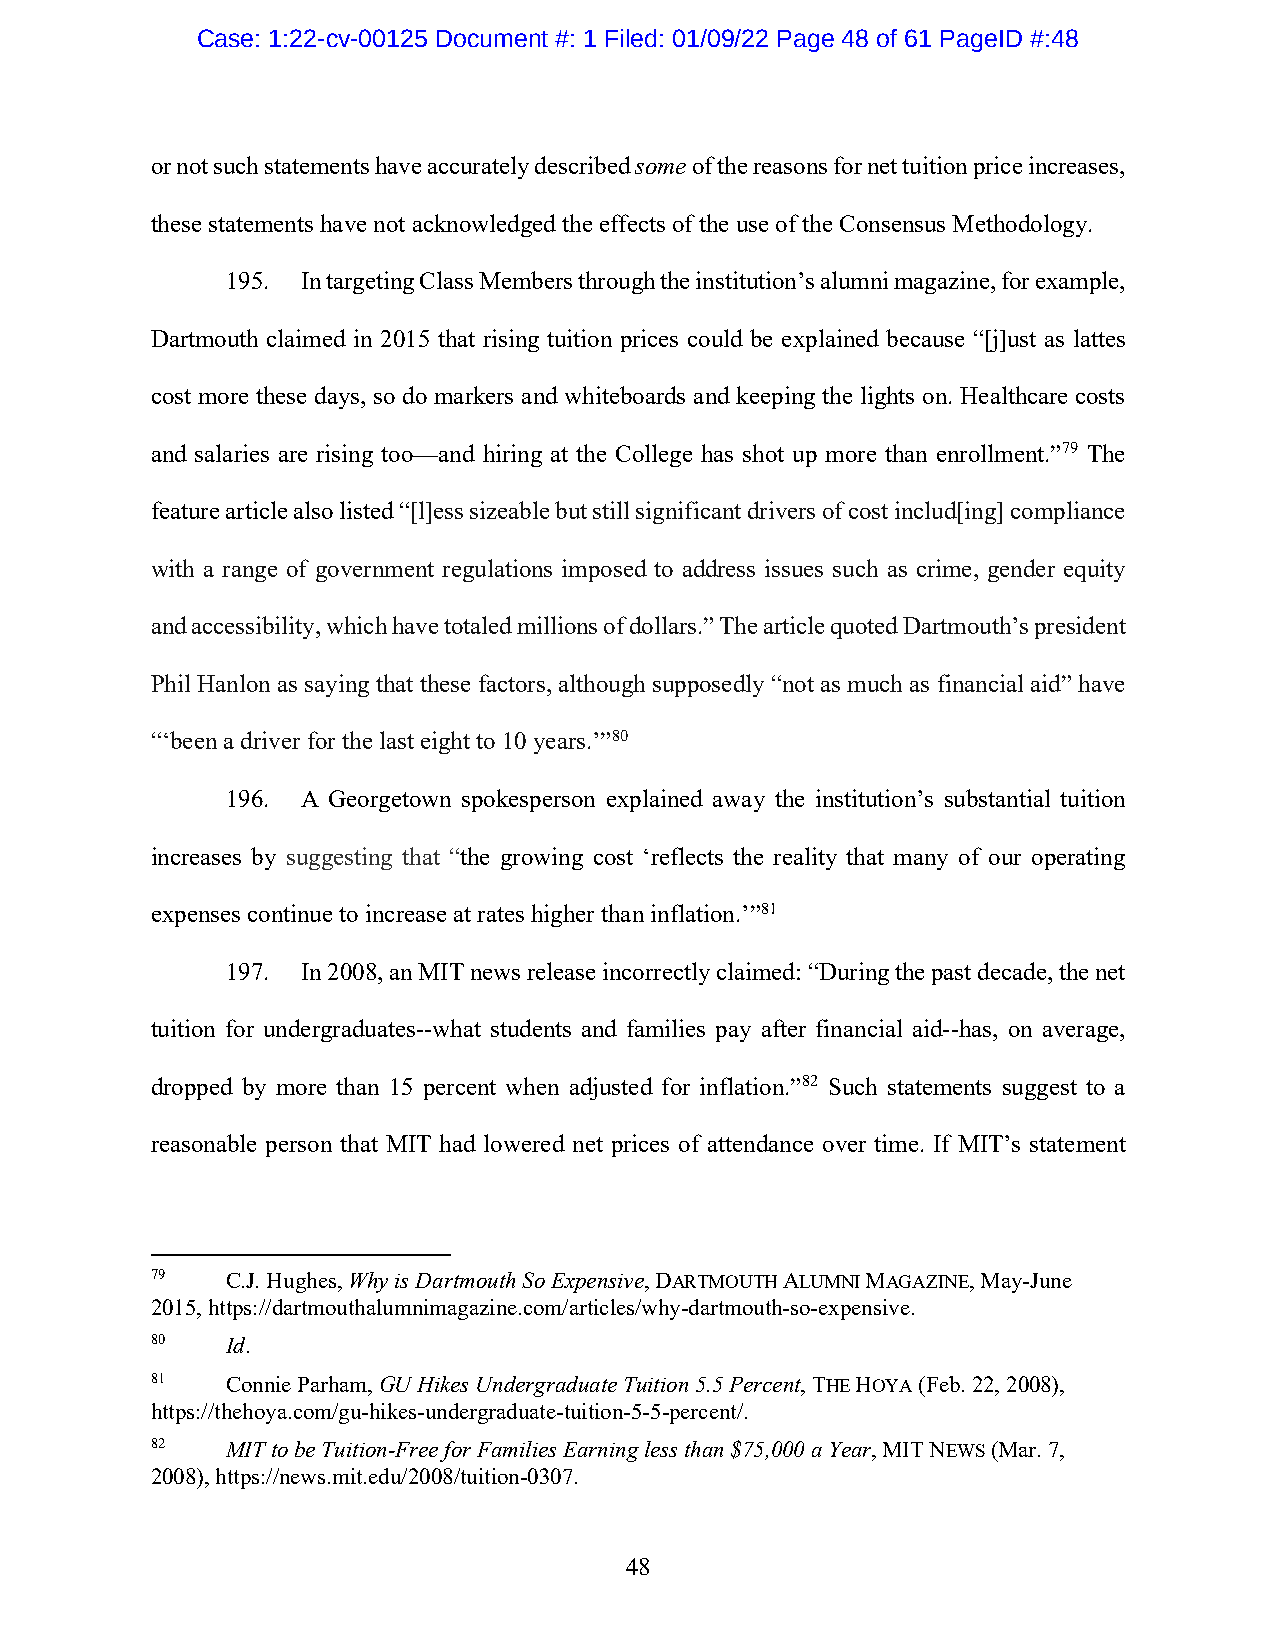
Case: 1:22-cv-00125 Document #: 1 Filed: 01/09/22 Page 48 of 61 PageID #:48
 or not such statements have accurately described some of the reasons for net tuition price increases,
 these statements have not acknowledged the effects of the use of the Consensus Methodology.
 195. In targeting Class Members through the institution’s alumni magazine, for example,
 Dartmouth claimed in 2015 that rising tuition prices could be explained because “[j]ust as lattes
 cost more these days, so do markers and whiteboards and keeping the lights on. Healthcare costs
 and salaries are rising too—and hiring at the College has shot up more than enrollment.”79 The
 feature article also listed “[l]ess sizeable but still significant drivers of cost includ[ing] compliance
 with a range of government regulations imposed to address issues such as crime, gender equity
 and accessibility, which have totaled millions of dollars.” The article quoted Dartmouth’s president
 Phil Hanlon as saying that these factors, although supposedly “not as much as financial aid” have
 “‘been a driver for the last eight to 10 years.’”80
 196. A Georgetown spokesperson explained away the institution’s substantial tuition
 increases by suggesting that “the growing cost ‘reflects the reality that many of our operating
 expenses continue to increase at rates higher than inflation.’”81
 197. In 2008, an MIT news release incorrectly claimed: “During the past decade, the net
 tuition for undergraduates--what students and families pay after financial aid--has, on average,
 dropped by more than 15 percent when adjusted for inflation.”82 Such statements suggest to a
 reasonable person that MIT had lowered net prices of attendance over time. If MIT’s statement
 79   C.J. Hughes, Why is Dartmouth So Expensive, DARTMOUTH ALUMNI MAGAZINE, May-June
 2015, https://dartmouthalumnimagazine.com/articles/why-dartmouth-so-expensive.
 80   Id.
 81   Connie Parham, GU Hikes Undergraduate Tuition 5.5 Percent, THE HOYA (Feb. 22, 2008),
 https://thehoya.com/gu-hikes-undergraduate-tuition-5-5-percent/.
 82   MIT to be Tuition-Free for Families Earning less than $75,000 a Year, MIT NEWS (Mar. 7,
 2008), https://news.mit.edu/2008/tuition-0307.
 48